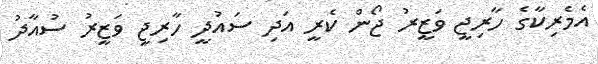
އެމެރިކާގެ ހާރިޖީ ވަޒީރު ޖޯން ކެރީ އަދި ސައުދީ ހާރިޖީ ވަޒީރު ސުއާދު